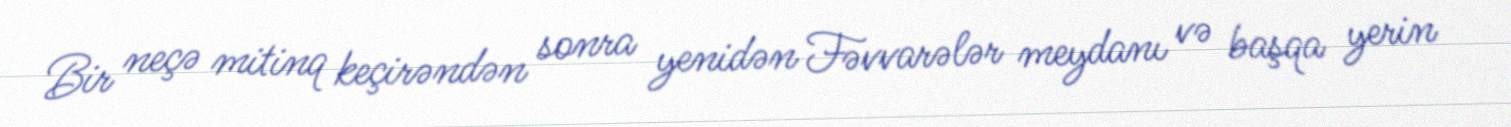
Bir neçə mitinq keçirəndən sonra yenidən Fəvvarələr meydanı və başqa yerin